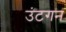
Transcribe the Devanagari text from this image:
उंटगन